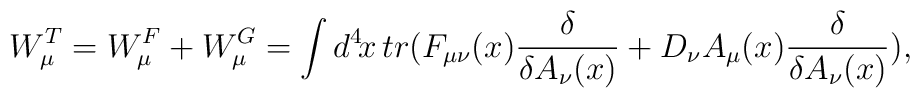
W^T_\mu = W^F_\mu + W^G_\mu = \int d^4\!x\, tr\big( F_{\mu\nu}(x){\delta\over \delta A_\nu(x)}+ D_\nu A_\mu(x){\delta\over\delta A_\nu(x)}\big),